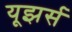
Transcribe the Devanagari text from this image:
यूझर्स